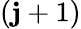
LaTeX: (\mathbf{j}+1)